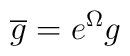
\overline {g} = e^{\Omega}g